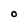
Character: O